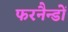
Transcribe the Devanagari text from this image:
फरनैन्डों